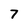
Character: 7